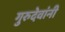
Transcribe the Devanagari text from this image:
गुरुदेवांनी